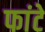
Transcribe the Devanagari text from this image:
फांटे